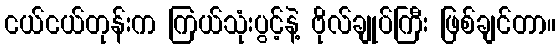
ငယ်ငယ်တုန်းက ကြယ်သုံးပွင့်နဲ့ ဗိုလ်ချုပ်ကြီး ဖြစ်ချင်တာ။